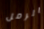
الرمل